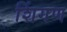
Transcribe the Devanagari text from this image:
शिंगण